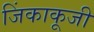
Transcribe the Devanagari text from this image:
जिंकाकूजी